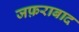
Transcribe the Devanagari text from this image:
जफ़राबाद